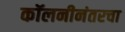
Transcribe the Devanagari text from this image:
कॉलनीनंतरचा